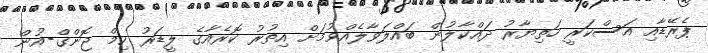
ޕެރޭޑާއި އަސްކަރީ ހަތިޔާރު ދައްކާލުން ބައްލަވާލެއްވުމަށް އިތުރު ކޮރެއާގެ ލީޑަރު ކިމް ޖޮންގް-އުން